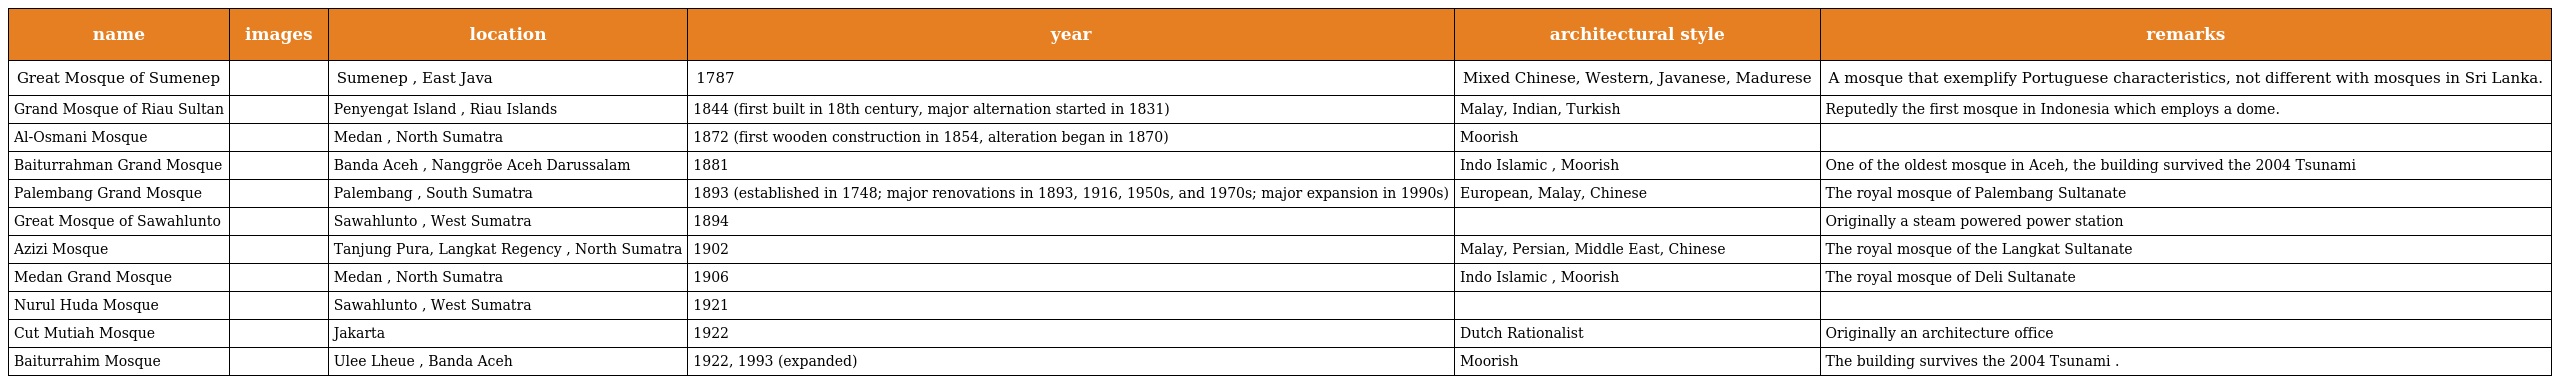
| name | images | location | year | architectural style | remarks |
 | --- | --- | --- | --- | --- | --- |
 | Great Mosque of Sumenep |  | Sumenep , East Java | 1787 | Mixed Chinese, Western, Javanese, Madurese | A mosque that exemplify Portuguese characteristics, not different with mosques in Sri Lanka. |
 | Grand Mosque of Riau Sultan |  | Penyengat Island , Riau Islands | 1844 (first built in 18th century, major alternation started in 1831) | Malay, Indian, Turkish | Reputedly the first mosque in Indonesia which employs a dome. |
 | Al-Osmani Mosque |  | Medan , North Sumatra | 1872 (first wooden construction in 1854, alteration began in 1870) | Moorish |  |
 | Baiturrahman Grand Mosque |  | Banda Aceh , Nanggröe Aceh Darussalam | 1881 | Indo Islamic , Moorish | One of the oldest mosque in Aceh, the building survived the 2004 Tsunami |
 | Palembang Grand Mosque |  | Palembang , South Sumatra | 1893 (established in 1748; major renovations in 1893, 1916, 1950s, and 1970s; major expansion in 1990s) | European, Malay, Chinese | The royal mosque of Palembang Sultanate |
 | Great Mosque of Sawahlunto |  | Sawahlunto , West Sumatra | 1894 |  | Originally a steam powered power station |
 | Azizi Mosque |  | Tanjung Pura, Langkat Regency , North Sumatra | 1902 | Malay, Persian, Middle East, Chinese | The royal mosque of the Langkat Sultanate |
 | Medan Grand Mosque |  | Medan , North Sumatra | 1906 | Indo Islamic , Moorish | The royal mosque of Deli Sultanate |
 | Nurul Huda Mosque |  | Sawahlunto , West Sumatra | 1921 |  |  |
 | Cut Mutiah Mosque |  | Jakarta | 1922 | Dutch Rationalist | Originally an architecture office |
 | Baiturrahim Mosque |  | Ulee Lheue , Banda Aceh | 1922, 1993 (expanded) | Moorish | The building survives the 2004 Tsunami . |